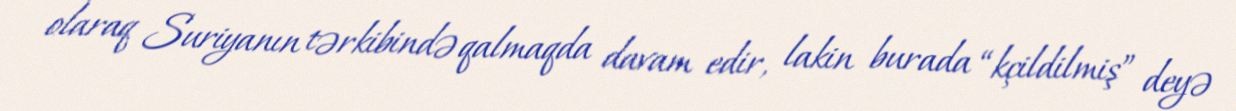
olaraq Suriyanın tərkibində qalmaqda davam edir, lakin burada “kçildilmiş” deyə